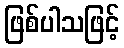
ဖြစ်ပါသဖြင့်